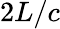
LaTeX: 2L/c